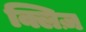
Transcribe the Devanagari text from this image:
क्लिज़